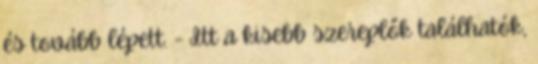
és tovább lépett. - Itt a kisebb szereplők találhatók,